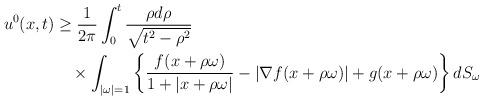
LaTeX: \begin{align*}u^0(x,t) &\ge\frac{1}{2\pi}\int_{0}^{t}\frac{\rho d\rho}{\sqrt{t^2-\rho^2}}\\&\quad\times\int_{|\omega|=1}\left\{\frac{f(x+\rho\omega)}{1+|x+\rho\omega|}-|\nabla f(x+\rho\omega)|+g(x+\rho\omega)\right\}dS_{\omega}\end{align*}